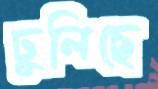
ঢুলিছে